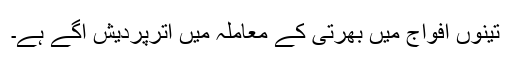
تینوں افواج میں بھرتی کے معاملہ میں اترپردیش آگے ہے۔